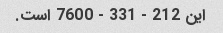
این 212 - 331 - 7600 است.